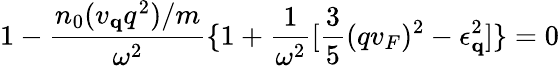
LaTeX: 1-\frac{n_{0}(v_{{\mathbf{q}}}q^{2})/m}{\omega^{2}}\{ 1+\frac{1}{\omega^{2}}[\frac{3}{5}(qv_{F})^{2}-\epsilon_{{\mathbf{q}}}^{2}]\} =0